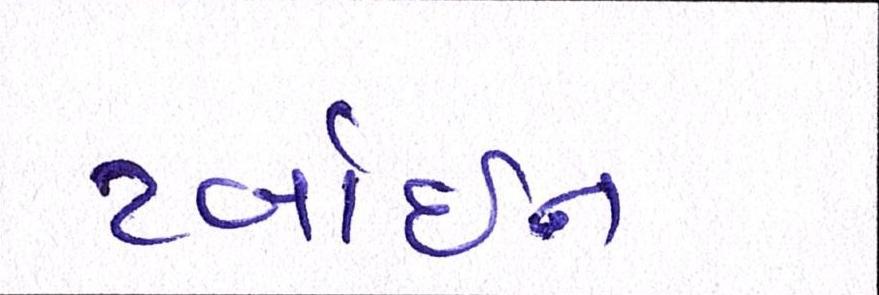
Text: ટર્બાઇન